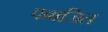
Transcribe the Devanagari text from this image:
पब्बजित